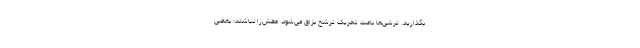
بگذارید. ترشی‌ها باعث تحریک ترشح بزاق می‌شود. عطش‌زا نباشند: بعضی